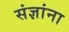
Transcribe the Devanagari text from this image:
संज्ञांना